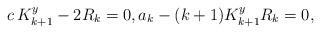
LaTeX: \begin{align*}& c \, K_{k+1}^y - 2R_k= 0, a_k -(k+1) K_{k+1}^yR_k = 0,\end{align*}